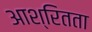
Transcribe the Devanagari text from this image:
आश्रितता